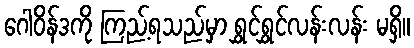
ဂေါဝိန်ဒကို ကြည့်ရသည်မှာ ရွှင်ရွှင်လန်းလန်း မရှိ။